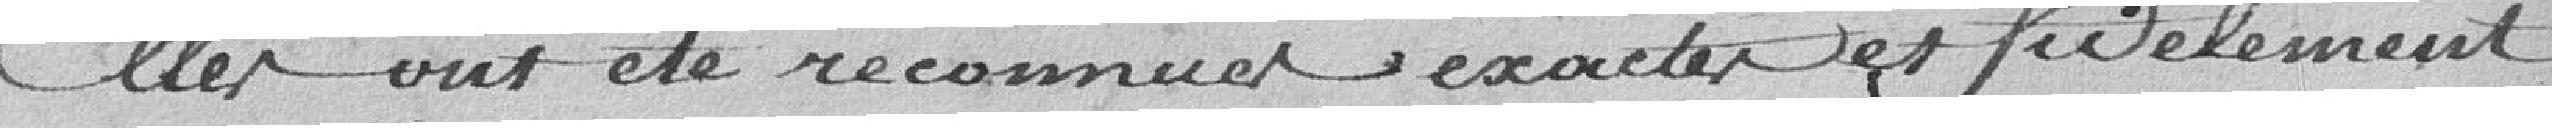
Elles ont été reconnues exactes et fidèlement